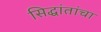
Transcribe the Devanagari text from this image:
सिद्धांतांचा